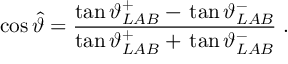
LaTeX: \cos \hat { \vartheta } = \frac { \tan \vartheta _ { L A B } ^ { + } - \, \tan \vartheta _ { L A B } ^ { - } } { \tan \vartheta _ { L A B } ^ { + } + \, \tan \vartheta _ { L A B } ^ { - } } \; .